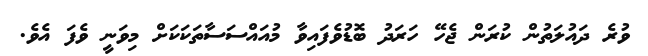
ވުރެ ދައުލަތުން ކުރަން ޖެހޭ ހަރަދު ބޮޑުވެފައިވާ މުއައްސަސާތަކަކަށް މިވަނީ ވެފަ އެވެ.